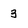
Character: 3